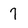
Character: 7